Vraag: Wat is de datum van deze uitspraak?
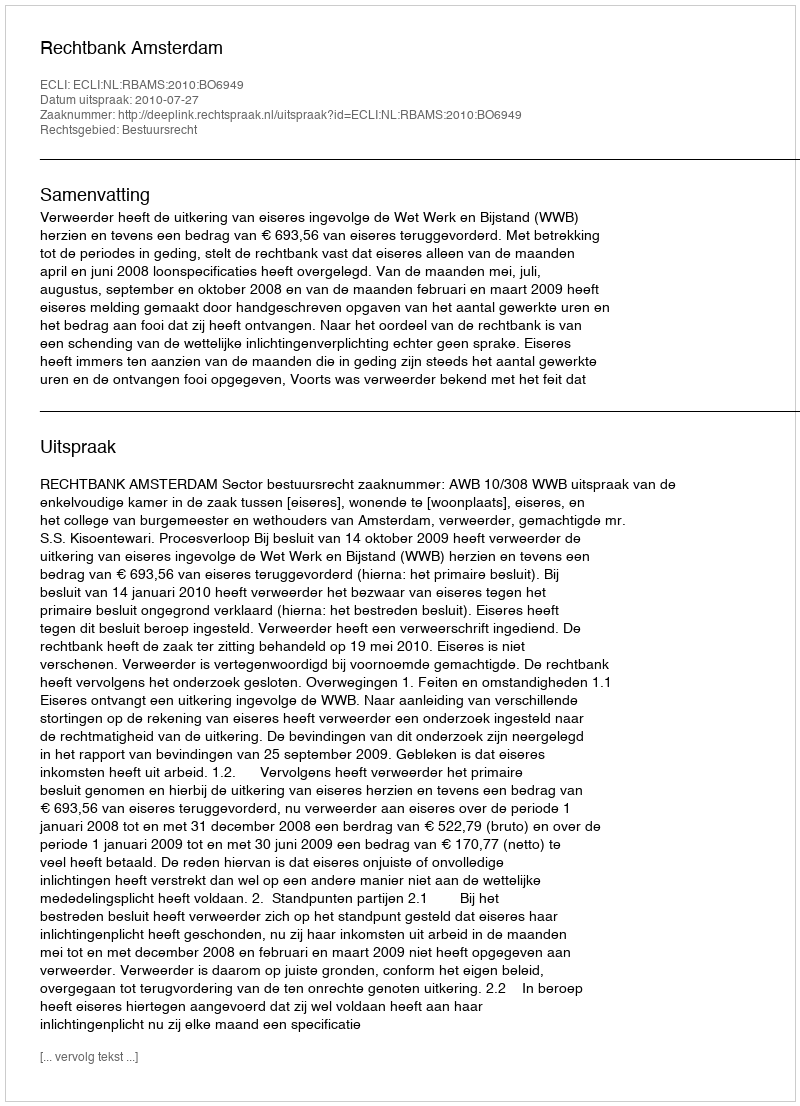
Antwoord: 2010-07-27